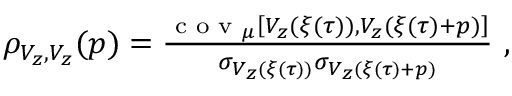
\begin{array} { r } { \rho _ { V _ { z } , V _ { z } } ( p ) = \frac { \textup { c o v } _ { \mu } \left[ V _ { z } ( \xi ( \tau ) ) , V _ { z } ( \xi ( \tau ) + p ) \right] } { \sigma _ { V _ { z } ( \xi ( \tau ) ) } \sigma _ { V _ { z } ( \xi ( \tau ) + p ) } } ~ , } \end{array}